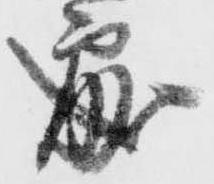
処